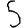
Digit: 5